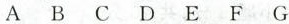
A B C D E F G